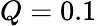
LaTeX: Q=0.1